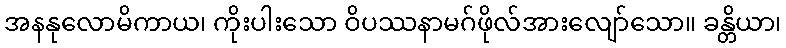
အနနုလောမိကာယ၊ ကိုးပါးသော ဝိပဿနာမဂ်ဖိုလ်အားလျော်သော။ ခန္တိယာ၊